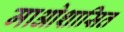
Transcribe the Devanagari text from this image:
माओशासित